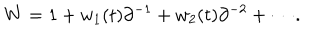
LaTeX: W = 1 + w _ { 1 } ( t ) \partial ^ { - 1 } + w _ { 2 } ( t ) \partial ^ { - 2 } + \cdots .